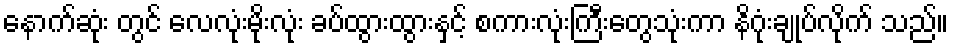
နောက်ဆုံး တွင် လေလုံးမိုးလုံး ခပ်ထွားထွားနှင့် စကားလုံးကြီးတွေသုံးကာ နိဂုံးချုပ်လိုက် သည်။